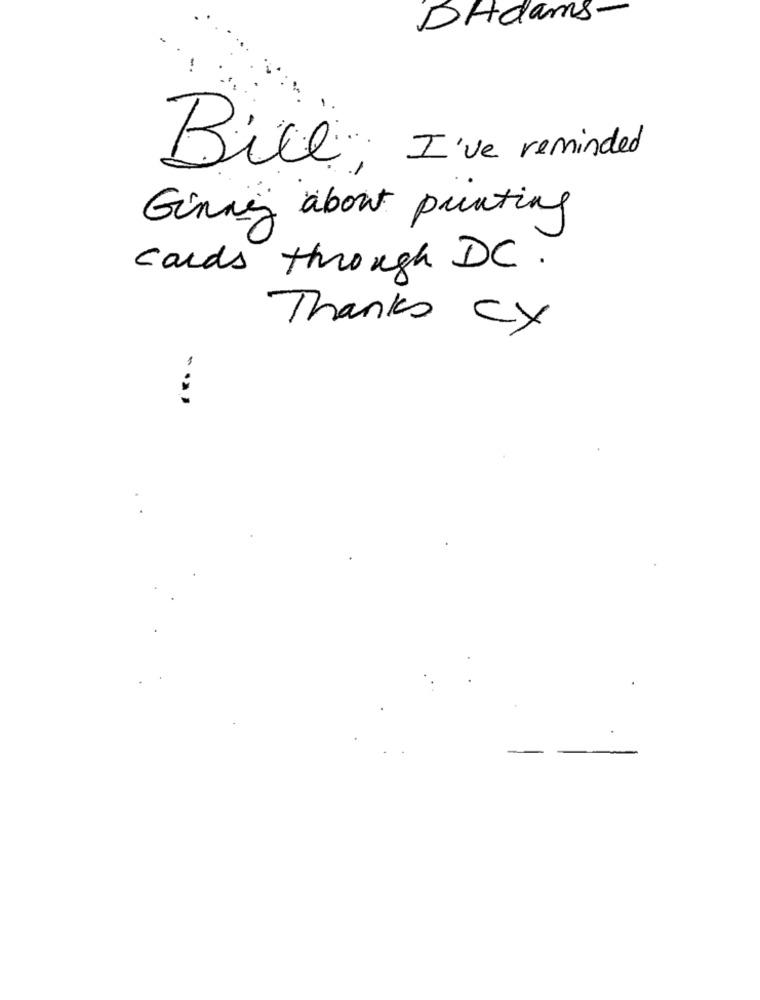
DHdams.
Bill: I've reminded
Ginny about punting
cards through DC.
Thanks cy
-...
-